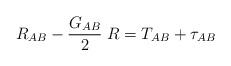
LaTeX: \begin{align*}R_{AB}- {{G_{AB}}\over 2}\;R = T_{AB} + \tau_{AB}\end{align*}